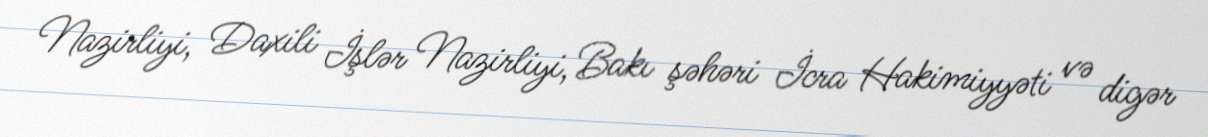
Nazirliyi, Daxili İşlər Nazirliyi, Bakı şəhəri İcra Hakimiyyəti və digər